Scottish Certificate of Education, 1963
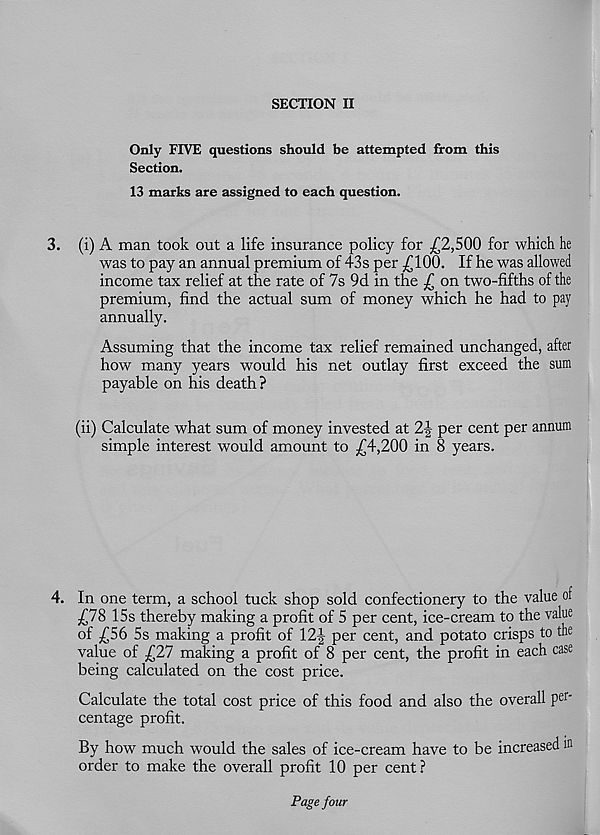
SECTION II
Only FIVE questions should be attempted from this
Section.
13 marks are assigned to each question.
3. (i) A man took out a life insurance policy for .£2,500 for which he
was to pay an annual premium of 43s per j£100. If he was allowed
income tax relief at the rate of 7s 9d in the £ on two-fifths of the
premium, find the actual sum of money which he had to pay
annually.
Assuming that the income tax relief remained unchanged, after
how many years would his net outlay first exceed the sum
payable on his death?
(ii) Calculate what sum of money invested at 2-| per cent per annum
simple interest would amount to £4,200 in 8 years.
4. In one term, a school tuck shop sold confectionery to the value of
£78 15s thereby making a profit of 5 per cent, ice-cream to the value
of £56 5s making a profit of 12J per cent, and potato crisps to the
value of £27 making a profit of 8 per cent, the profit in each case
being calculated on the cost price.
Calculate the total cost price of this food and also the overall per -
centage profit.
By how much would the sales of ice-cream have to be increased m
order to make the overall profit 10 per cent ?
Page four